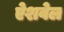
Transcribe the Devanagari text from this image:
ऐशवेल